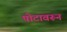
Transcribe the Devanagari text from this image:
पोटावरून